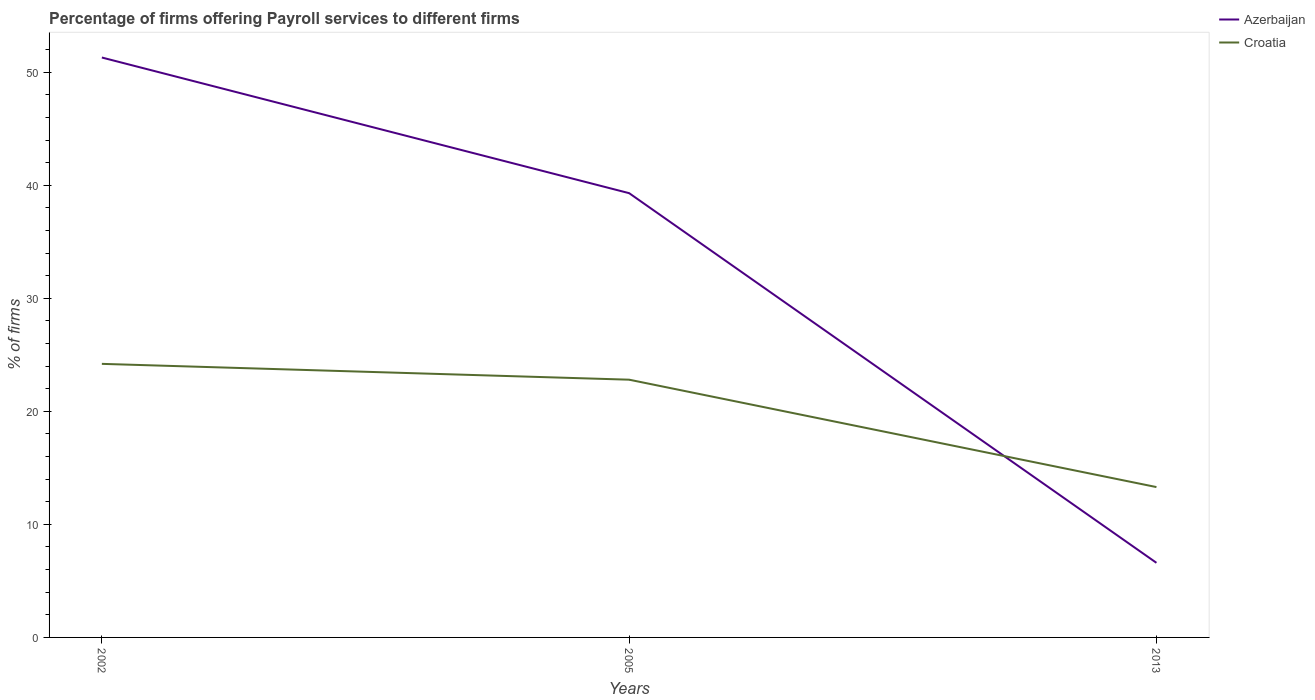
| Years | Azerbaijan | Croatia |
 | --- | --- | --- |
 | 2002 | 51.3 | 24.2 |
 | 2005 | 39.3 | 22.8 |
 | 2013 | 6.6 | 13.3 |